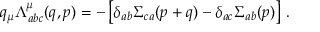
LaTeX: q _ { \mu } \Lambda _ { a b c } ^ { \mu } ( q , p ) = - \left[ \delta _ { a b } \Sigma _ { c a } ( p + q ) - \delta _ { a c } \Sigma _ { a b } ( p ) \right] \, .